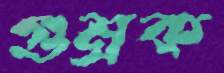
গুম্‌রক